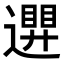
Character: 𮟒